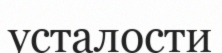
усталости